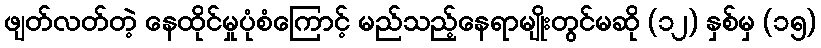
ဖျတ်လတ်တဲ့ နေထိုင်မှုပုံစံကြောင့် မည်သည့်နေရာမျိုးတွင်မဆို (၁၂) နှစ်မှ (၁၅)